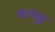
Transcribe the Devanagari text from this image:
कथळु